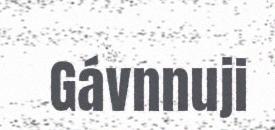
Gávnnuji